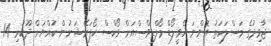
ޖާވިދުގެ މަސްލަހަތު އޮންނަ ހެވީލޯޑް މޯލްޑިވްސްއަށް ވޯކްސް ކޯޕަރޭޝަނުން ކުއްޔަށް ދޫކުރި 14